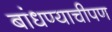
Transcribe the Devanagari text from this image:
बांधण्याचीपण